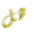
هل